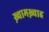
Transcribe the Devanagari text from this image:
ख़्वामख़्वाह